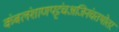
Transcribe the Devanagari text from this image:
कंबलंशाणपट्टंचअजिनंचतथोत्तरं